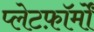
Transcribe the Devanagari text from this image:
प्लेटफ़ॉर्मों